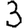
Digit: 3